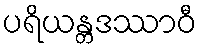
ပရိယန္တဒဿာဝီ